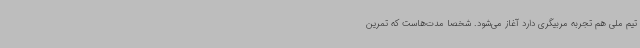
تیم ملی هم تجربه مربیگری دارد آغاز می‌شود. شخصا مدت‌هاست که تمرین